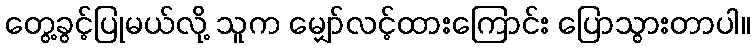
တွေ့ခွင့်ပြုမယ်လို့ သူက မျှော်လင့်ထားကြောင်း ပြောသွားတာပါ။